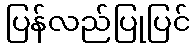
ပြန်လည်ပြုပြင်